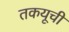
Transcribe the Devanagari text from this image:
तकयूची